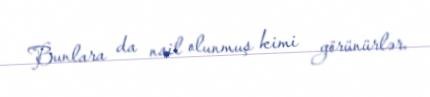
Bunlara da nail olunmuş kimi görünürlər.